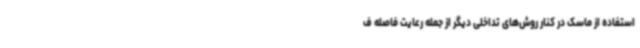
استفاده از ماسک در کنار روش‌های تداخلی دیگر از جمله رعایت فاصله ف